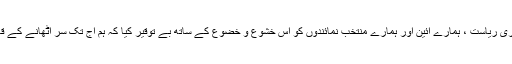
اس نے ہمیں، ہماری ریاست ، ہمارے آئین اور ہمارے منتخب نمائندوں کو اس خشوع و خضوع کے ساتھ بے توقیر کیا کہ ہم آج تک سر اٹھانے کے قابل نہیں ہو سکے۔